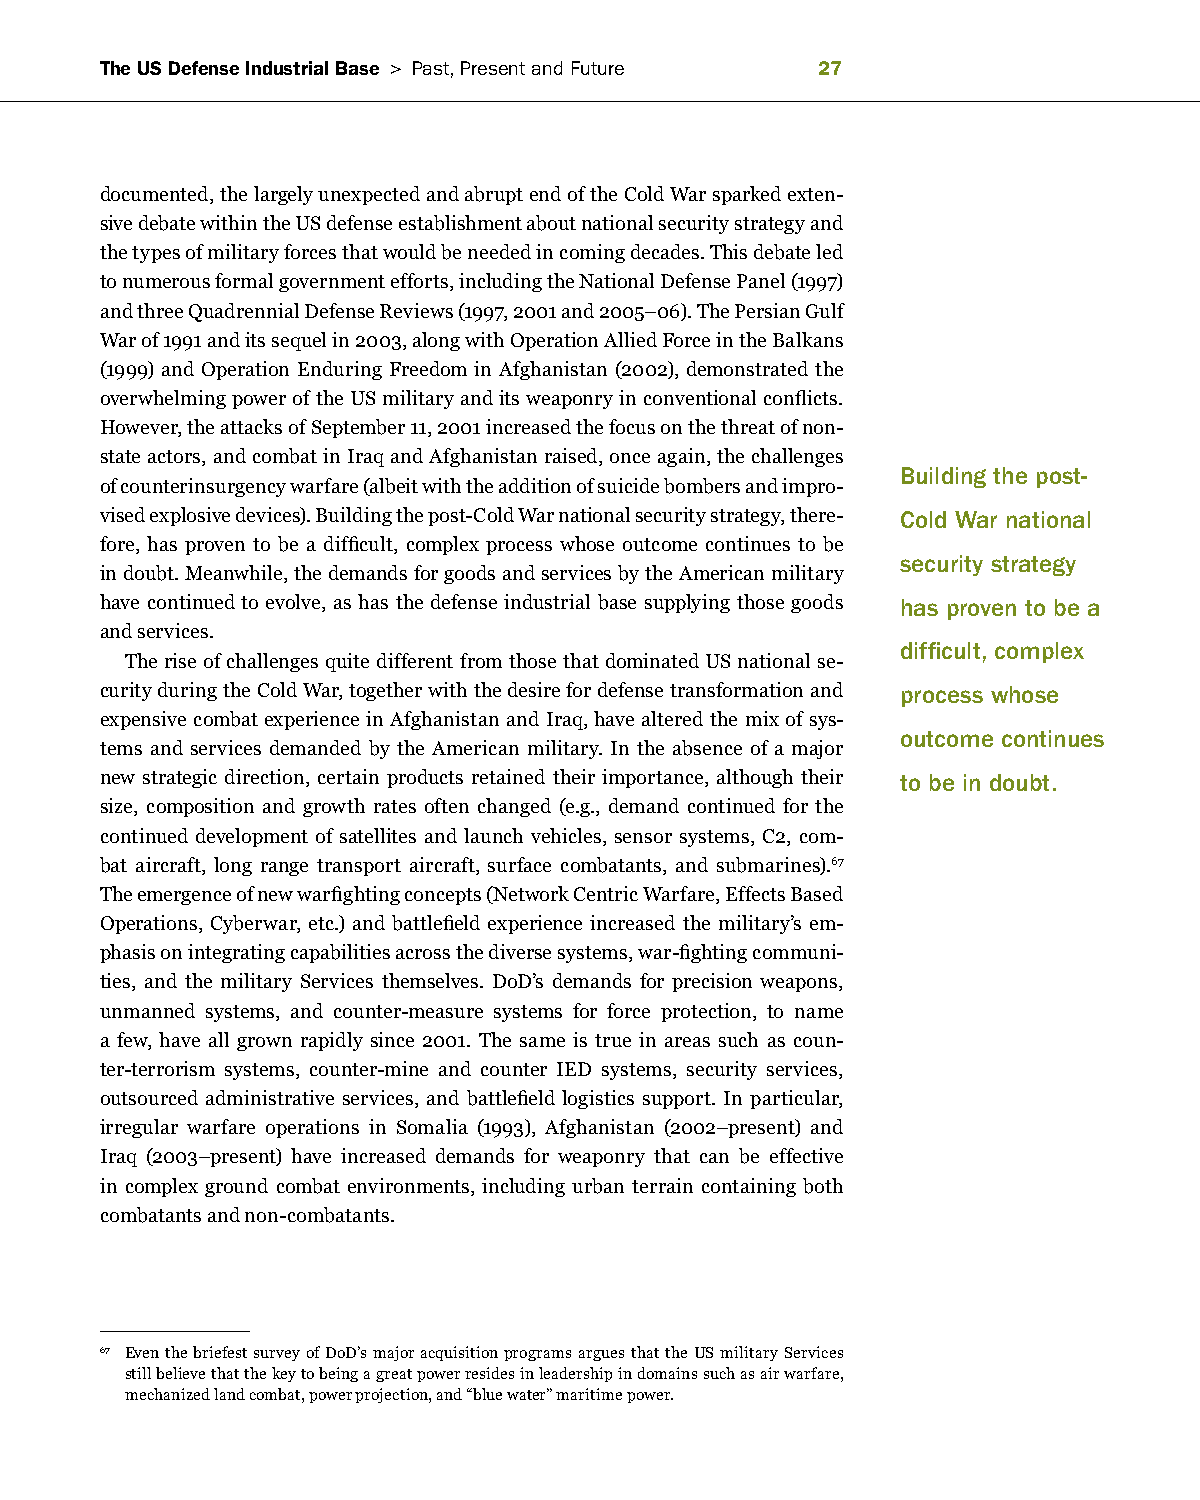
The US Defense Industrial Base > Past, Present and future 
 documented, the largely unexpected and abrupt end of the Cold War sparked exten-
 sive debate within the US defense establishment about national security strategy and
 the types of military forces that would be needed in coming decades. This debate led
 to numerous formal government efforts, including the National Defense Panel (1997)
 and three Quadrennial Defense Reviews (1997, 2001 and 2005–06). The Persian Gulf
 War of 1991 and its sequel in 2003, along with Operation Allied Force in the Balkans
 (1999) and Operation Enduring Freedom in Afghanistan (2002), demonstrated the
 overwhelming power of the US military and its weaponry in conventional conflicts.
 However, the attacks of September 11, 2001 increased the focus on the threat of non-
 state actors, and combat in Iraq and Afghanistan raised, once again, the challenges
 Building the post-
 of counterinsurgency warfare (albeit with the addition of suicide bombers and impro-
 vised explosive devices). Building the post-Cold War national security strategy, there- Cold War national
 fore, has proven to be a difficult, complex process whose outcome continues to be
 security strategy
 in doubt. Meanwhile, the demands for goods and services by the American military
 have continued to evolve, as has the defense industrial base supplying those goods has proven to be a
 and services.
 difficult, complex
 The rise of challenges quite different from those that dominated US national se-
 curity during the Cold War, together with the desire for defense transformation and process whose
 expensive combat experience in Afghanistan and Iraq, have altered the mix of sys-
 outcome continues
 tems and services demanded by the American military. In the absence of a major
 new strategic direction, certain products retained their importance, although their to be in doubt.
 size, composition and growth rates often changed (e.g., demand continued for the
 continued development of satellites and launch vehicles, sensor systems, C2, com-
 bat aircraft, long range transport aircraft, surface combatants, and submarines).67
 The emergence of new warfighting concepts (Network Centric Warfare, Effects Based
 Operations, Cyberwar, etc.) and battlefield experience increased the military’s em-
 phasis on integrating capabilities across the diverse systems, war-fighting communi-
 ties, and the military Services themselves. DoD’s demands for precision weapons,
 unmanned systems, and counter-measure systems for force protection, to name
 a few, have all grown rapidly since 2001. The same is true in areas such as coun-
 ter-terrorism systems, counter-mine and counter IED systems, security services,
 outsourced administrative services, and battlefield logistics support. In particular,
 irregular warfare operations in Somalia (1993), Afghanistan (2002–present) and
 Iraq (2003–present) have increased demands for weaponry that can be effective
 in complex ground combat environments, including urban terrain containing both
 combatants and non-combatants.
 67 Even the briefest survey of DoD’s major acquisition programs argues that the US military Services
 still believe that the key to being a great power resides in leadership in domains such as air warfare,
 mechanized land combat, power projection, and “blue water” maritime power.